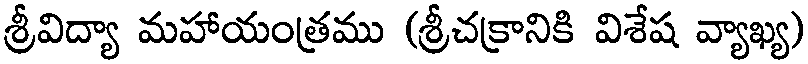
శ్రీవిద్యా మహాయంత్రము (శ్రీచక్రానికి విశేష వ్యాఖ్య)